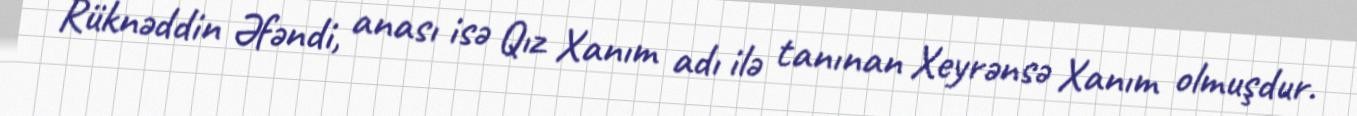
Rüknəddin Əfəndi, anası isə Qız Xanım adı ilə tanınan Xeyrənsə Xanım olmuşdur.